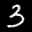
Label: 3